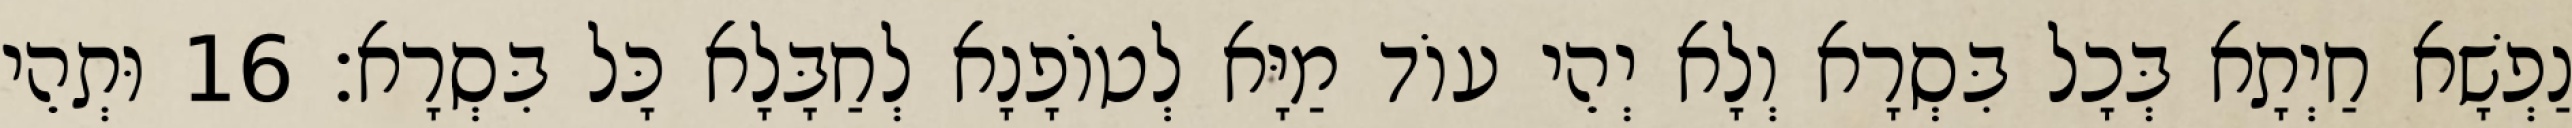
נַפְשָׁא חַיְתָא בְּכָל בִּסְרָא וְלָא יְהֵי עוֹד מַיָּא לְטוֹפָנָא לְחַבָּלָא כָּל בִּסְרָא׃ 16 וּתְהֵי